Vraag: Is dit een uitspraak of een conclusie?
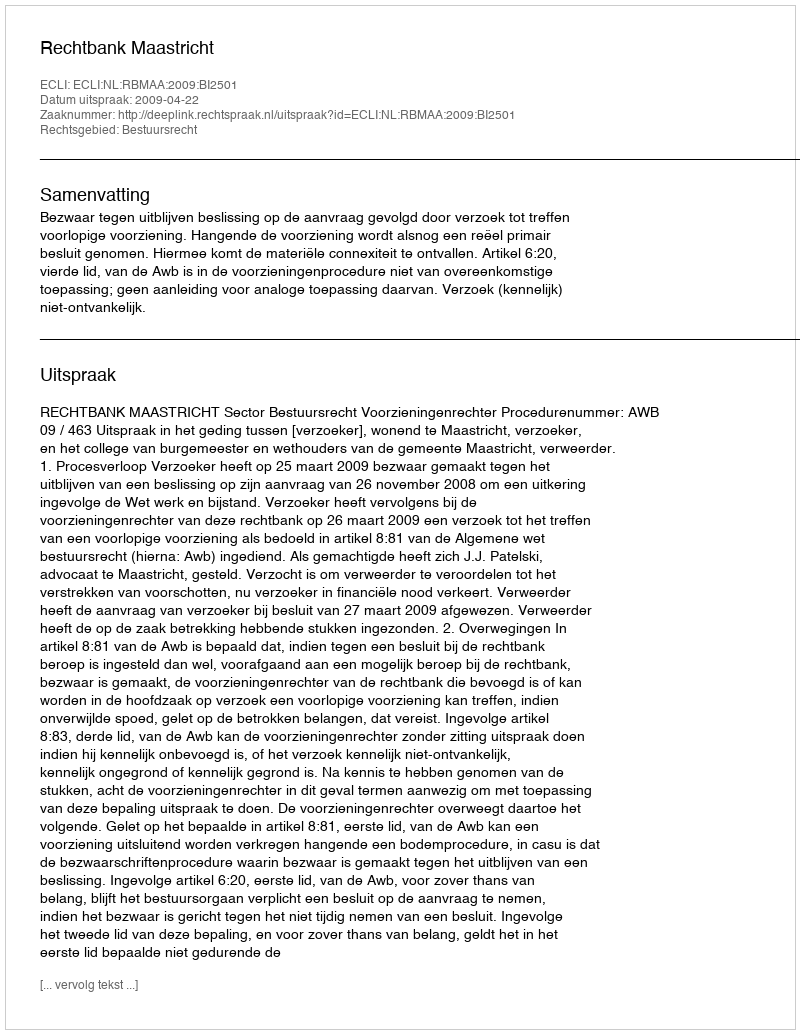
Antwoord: Uitspraak